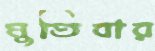
মুতিবার